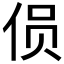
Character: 𱎯